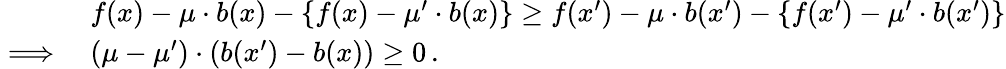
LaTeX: \begin{array}{rl}&{f(x)-\mu\cdot b(x)-\left\{ f(x)-\mu^{\prime}\cdot b(x)\right\} \geq f(x^{\prime})-\mu\cdot b(x^{\prime})-\left\{ f(x^{\prime})-\mu^{\prime}\cdot b(x^{\prime})\right\} }\\ {\implies}&{(\mu-\mu^{\prime})\cdot(b(x^{\prime})-b(x))\geq 0\, .}\end{array}